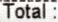
TOTAL: